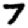
Digit: 7